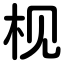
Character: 枧